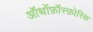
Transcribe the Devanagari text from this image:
ऑर्थोफ़ॉस्फ़ोरिक